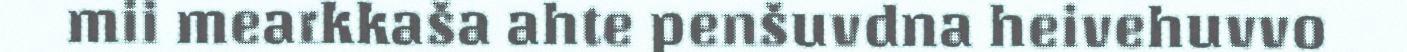
mii mearkkaša ahte penšuvdna heivehuvvo